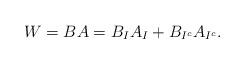
LaTeX: \begin{align*}W=BA=B_{I}A_{I}+B_{I^{c}}A_{I^{c}}. \end{align*}